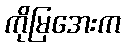
ကိုမြအေးက